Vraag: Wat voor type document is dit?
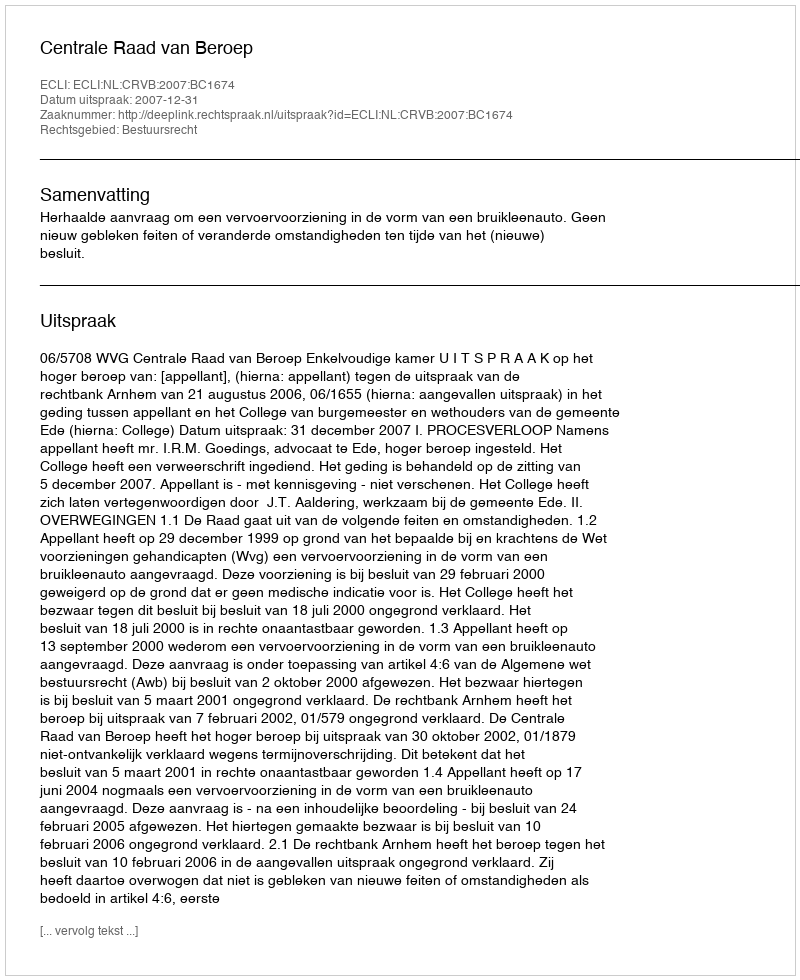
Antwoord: Uitspraak